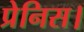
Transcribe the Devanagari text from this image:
प्रेनिस।